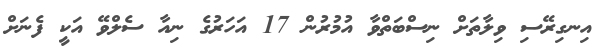
އިނގިރޭސި ވިލާތަށް ނިސްބަތްވާ އުމުރުން 17 އަހަރުގެ ނިއާ ސެލްވޭ އަކީ ފެނަށް